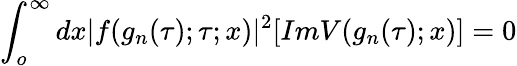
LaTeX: \int_{o}^{\infty}dx|f(g_{n}(\tau);\tau;x)|^{2}[ImV(g_{n}(\tau);x)]=0